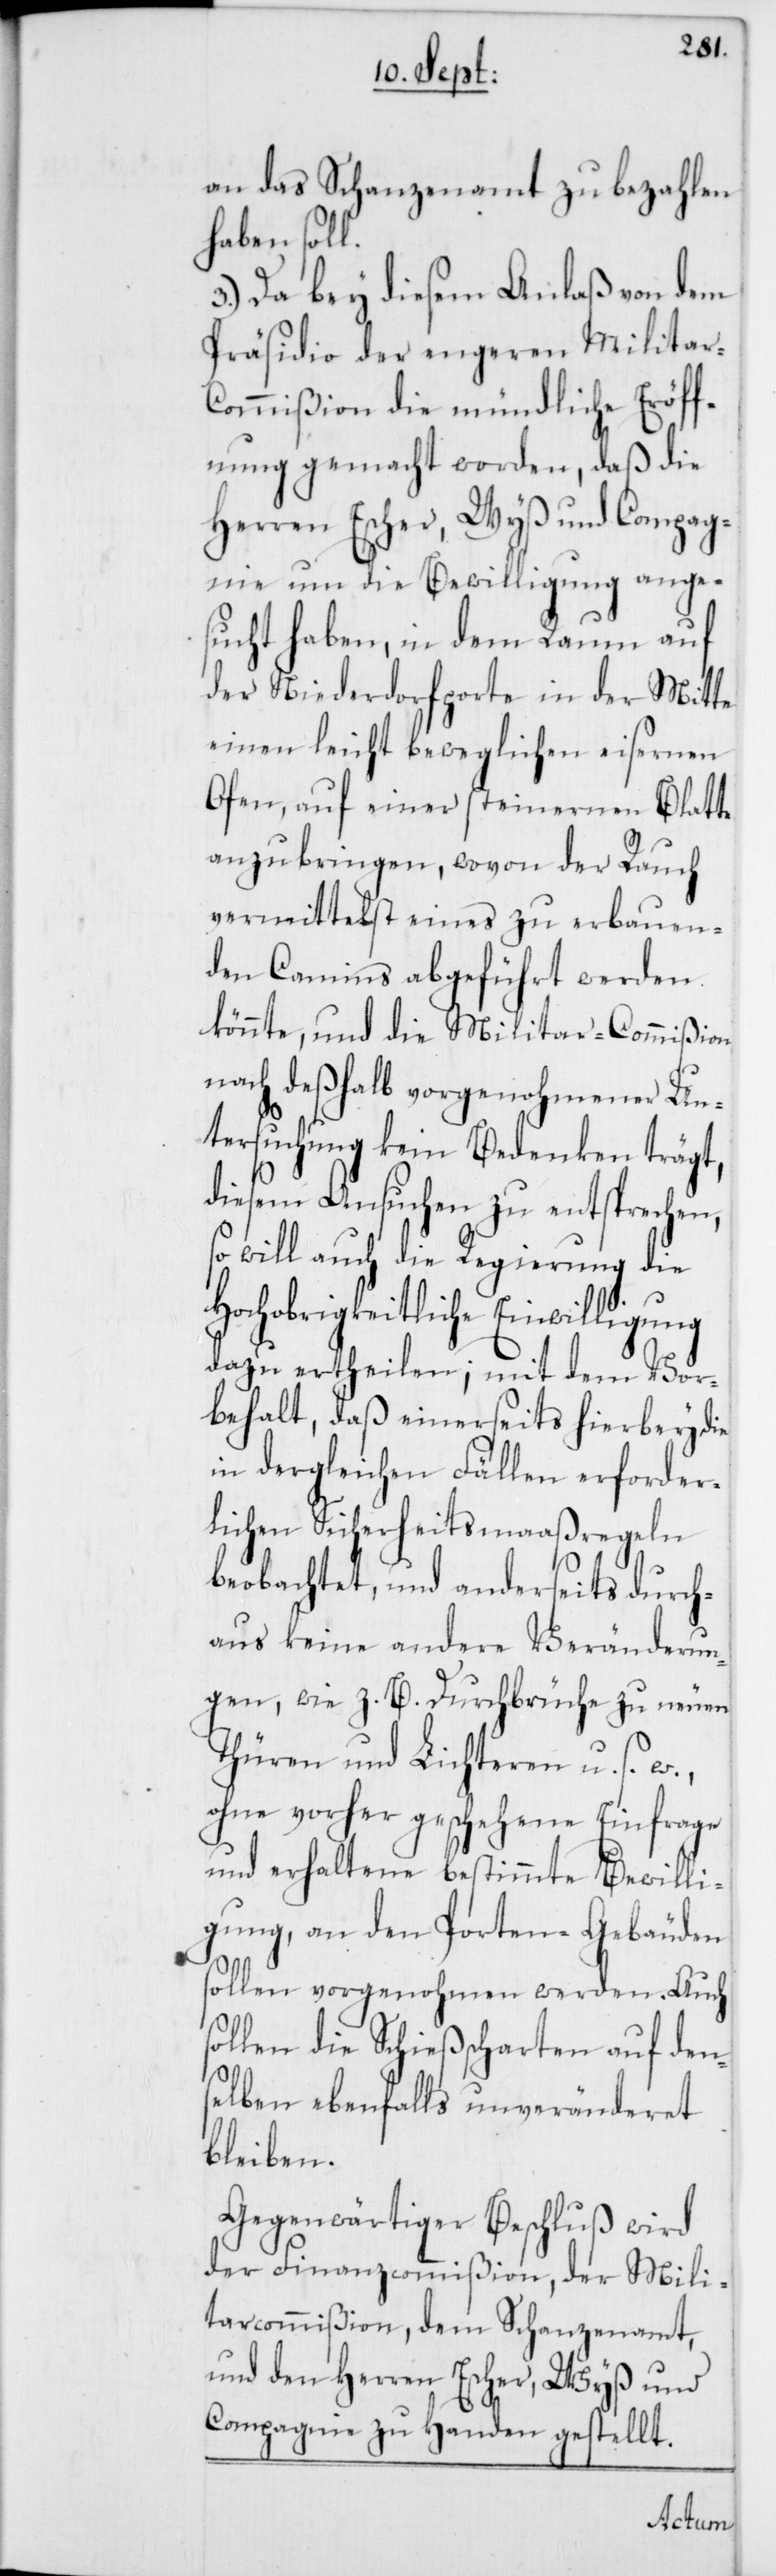
an das Schanzenamt zu bezahlen
haben soll.
3.) Da bey diesem Anlaß von dem
Präsidio der engeren Militar-C¬
ommißion die mündliche Eröff¬
nung gemacht worden, daß die
Herren Escher, Wyß und Compag¬
nie um die Bewilligung ange¬
sucht haben, in dem Raum auf
der Niederdorfporte in der Mitte
einen leicht beweglichen eisernen
Ofen, auf einer steinernen Platte
anzubringen, wovon der Rauch
vermittelst eines zu erbauen¬
den Camins abgeführt werden
könnte, und die Militar-Commißion
nach deßhalb vorgenohmener Un¬
tersuchung kein Bedenken trägt,
diesem Ansuchen zu entsprechen,
so will auch die Regierung die
Hochobrigkeitliche Einwilligung
dazu ertheilen; mit dem Vor¬
behalt, daß einerseits hierbey die
in dergleichen Fällen erforder¬
lichen Sicherheitsmaaßregeln
beobachtet, und anderseits durch¬
aus keine andere Veränderun¬
gen, wie z. B. Durchbrüche zu neuen
Thüren und Lichteren u. s.
ohne vorher geschehene Einfrage
und erhaltene bestimmte Bewilli¬
gung, an den Porten-Gebäuden
sollen vorgenohmen werden. Auch
sollen die Schießscharten auf dens¬
elben ebenfalls unveränderet
bleiben.
Gegenwärtiger Beschluß wird
der Finanzcommißion, der Mili¬
tarcommißion, dem Schanzenamt
und den Herren Escher, Wyß und
Compagnie zu Handen gestellt.